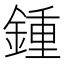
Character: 鍾